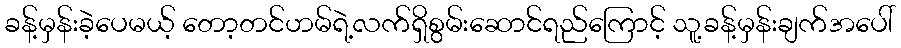
ခန့်မှန်းခဲ့ပေမယ့် တော့တင်ဟမ်ရဲ့လက်ရှိစွမ်းဆောင်ရည်ကြောင့် သူ့ခန့်မှန်းချက်အပေါ်